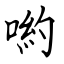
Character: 喲